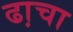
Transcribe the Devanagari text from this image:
ढा़चा